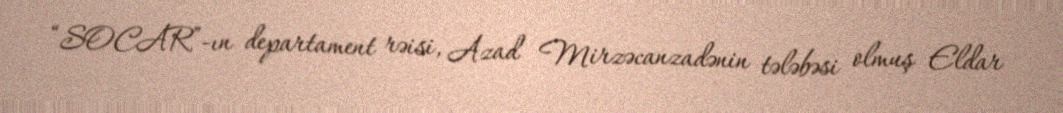
“SOCAR”-ın departament rəisi, Azad Mirzəcanzadənin tələbəsi olmuş Eldar